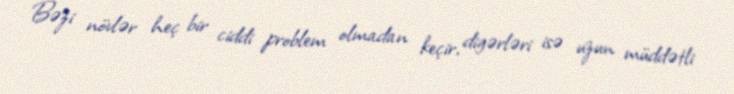
Bəzi növlər heç bir ciddi problem olmadan keçir, digərləri isə uzun müddətli